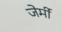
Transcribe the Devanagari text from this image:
जेर्मी